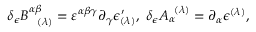
\delta _ { \epsilon } B _ { \; \; \; ( \lambda ) } ^ { \alpha \beta } = \varepsilon ^ { \alpha \beta \gamma } \partial _ { \gamma } \epsilon _ { ( \lambda ) } ^ { \prime } , \; \delta _ { \epsilon } A _ { \alpha } ^ { \; \; ( \lambda ) } = \partial _ { \alpha } \epsilon ^ { ( \lambda ) } ,